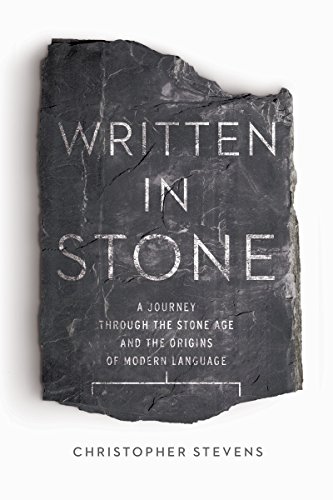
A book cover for Written in Stone: A Journey Through the Stone Age and the Origins of Modern Language; Christopher Stevens; Reference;